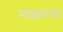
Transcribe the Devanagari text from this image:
नाशकाचा